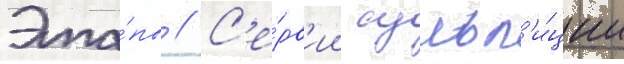
Эта́пы // С'е́рв'ии сульп'и́ции